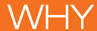
WHY